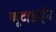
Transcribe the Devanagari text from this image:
ब्यूटाडाईन